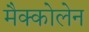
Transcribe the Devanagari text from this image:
मैक्कोलेन